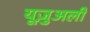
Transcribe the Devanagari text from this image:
यूज़ुअली